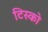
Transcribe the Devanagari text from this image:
टिस्‍को